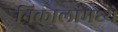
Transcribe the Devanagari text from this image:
निकालांमध्ये